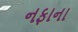
નફાના